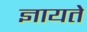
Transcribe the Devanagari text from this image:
ज्ञायते